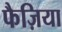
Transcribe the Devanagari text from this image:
फैज़िया